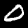
Label: 0